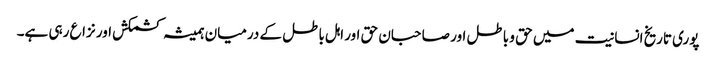
پوری تاریخ انسانیت میں حق و باطل اور صاحبان حق اور اہل باطل کے درمیان ہمیشہ کشمکش اور نزاع رہی ہے۔